Vaccination in Burma 1889-1999 - 1889-1999
Year: 1889
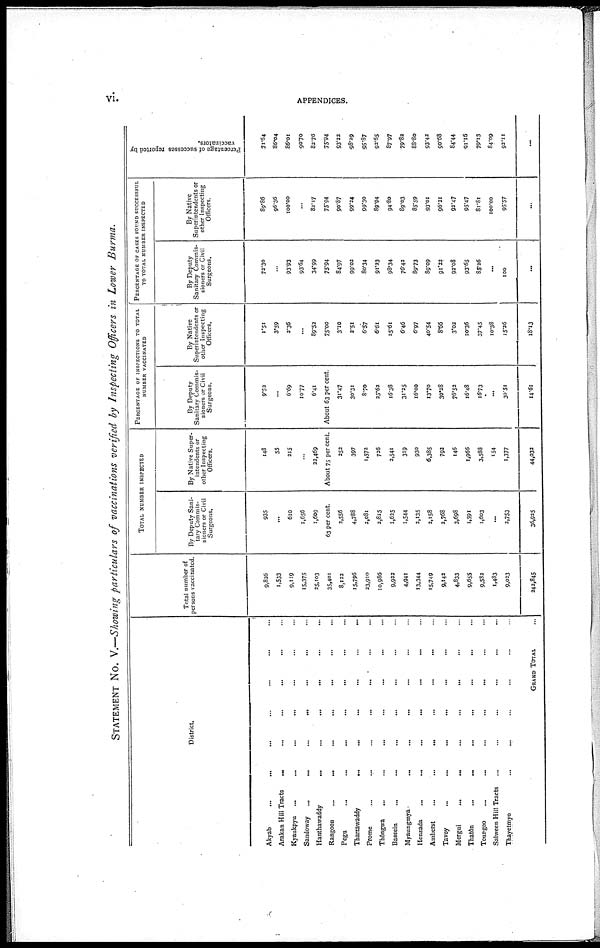
vi.
APPENDICES.
STATEMENT No. V.—Showing particulars of vaccinations verified by Inspecting Officers in Lower Burma.
District.
Akyab ... ... ... ... ... ... ...
Arakan Hill Tracts ... ... ... ... ... ...
Kyaukpyu ... ... ... ... ... ...
Sandoway
...
...
...
...
...
...
Hanthawaddy
...
...
...
...
...
...
Rangoon ... ... ... ... ... ...
Pegu ... ... ... ... ... ...
Tharrawaddy
...
...
...
...
...
...
Prome
...
...
...
...
...
...
Thôngwa
...
...
...
...
...
...
Bassein
...
...
...
...
...
...
Myaungmya
...
...
...
...
...
...
Henzada
...
...
...
...
...
...
Amherst ... ... ... ... ... ...
Tavoy
...
...
...
...
...
...
Mergui
...
...
...
...
...
...
Thatôn ... ... ... ... ... ...
Toungoo
...
...
...
...
...
...
Salween Hill Tracts ... ...
Thayetmyo ... ... ... ... ... ...
GRAND TOTAL ...
Total number of
persons vaccinated.
9,826
1,533
9,119
15,375
25,103
35,401
8,122
15,796
23,910
10,986
9,922
4,941
13,344
15,749
9,142
4,833
9,655
9,532
1,483
9,023
242,845
TOTAL NUMBER INSPECTION
By Deputy Sani-
tary Commis-
sioners or Civil
Surgeons.
935
...
610
1,656
1,609
63 per cent
2,556
4,788
2,081
2,815
1,625
1,544
2,135
2,158
2,768
3,698
1,591
1,603
...
2,753
36,925
By Native Super-
intendents or
other Inspecting
Officers.
148
55
215
...
22,469
About 75 per cent.
252
397
1,572
726
2,541
319
930
6,385
792
146
1,966
3,588
154
1,377
44,032
PERCENTAGE OF INSPECTIONS TO TOTAL
NUMBER VACCINATED
By Deputy
Sanitary Commis-
sioners or Civil
Surgeons.
9.52
...
6.69
10.77
6.41
About 63 per cent.
31.47
30.31
8.70
25.62
16.38
31.25
16.00
13.70
30.28
76.52
16.48
16.73
...
30.51
14.61
By Native
Superintendents or
other Inspecting
Officers.
1.51
3.59
2.36
...
89.52
75.00
3.10
2.51
6.57
6.61
25.61
6.46
6.97
40.54
8.66
3.02
20.36
37.45
10.38
15.26
18.13
PERCENTAGE OF CASES FOUND SUCCESSFUL
TO TOTAL NUMBER INSPECTED
By Deputy
Sanitary Commis-
sioners or Civil
Surgeons.
72.30
93.93
93.64
34.99
75.94
84.97
99.02
80.34
91.23
98.34
76.42
89.73
89.09
91.22
92.08
93.65
85.26
...
100
...
By Native
Superintendents or
other Inspecting
Officers.
89.86
96.36
100.00
...
82.17
75.94
90.87
99.24
99.30
89.94
94.80
89.03
85.59
93.01
96.21
92.47
95.47
81.81
100.00
95.57
...
Percentage of successful reported by
vaccinations.
71.64
86.04
86.01
90.70
82.76
75.94
93.22
98.29
95.87
92.65
87.97
79.82
88.80
93.42
90.68
84.44
91.16
79.13
84.09
92.11
...